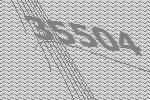
35504